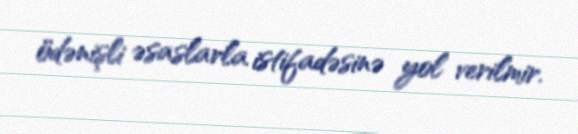
ödənişli əsaslarla istifadəsinə yol verilmir.